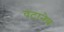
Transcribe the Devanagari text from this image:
वटानेब